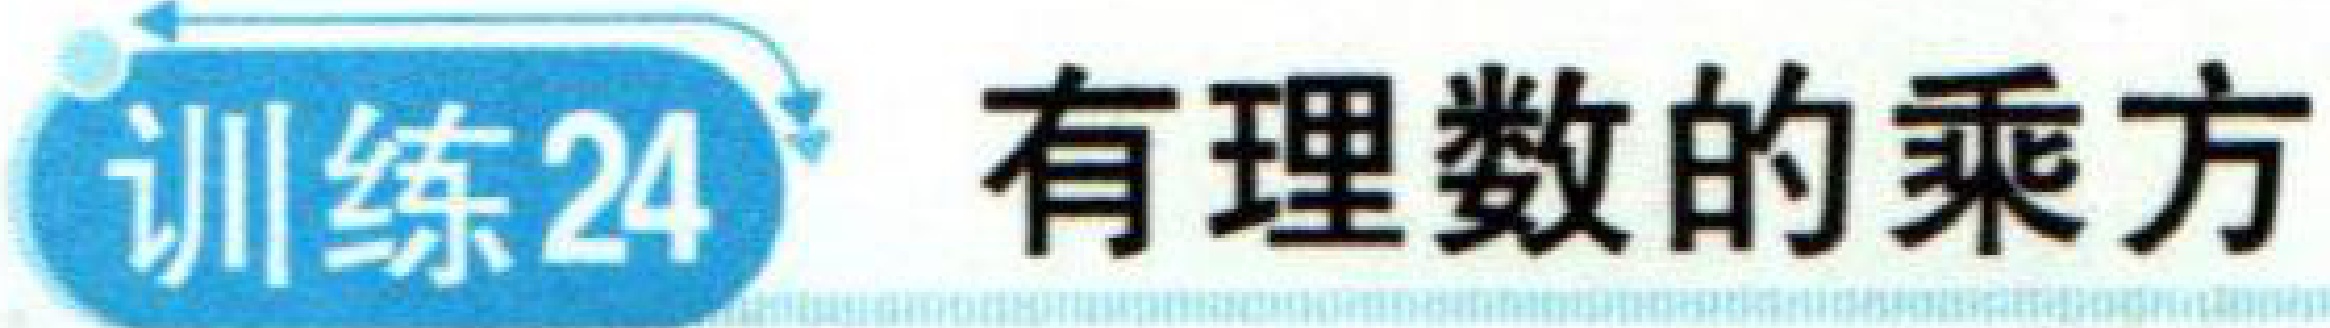
训练24 有理数的乘方